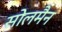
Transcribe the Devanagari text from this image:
सोलमैन